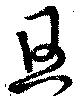
旦